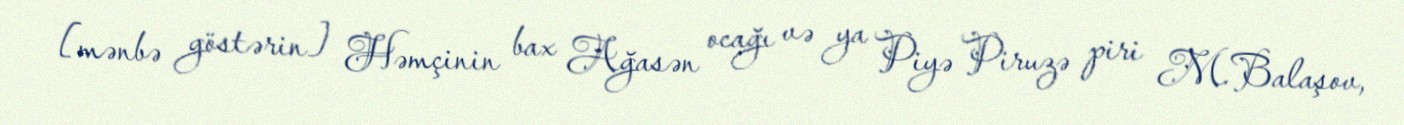
[mənbə göstərin] Həmçinin bax Ağasən ocağı və ya Piyə Piruzə piri M.Balaşov,